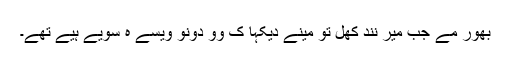
بھور مے جب میرِ نِند کھُلِ تو مینے دیکّہا کِ وو دونو ویسے ہِ سویے ہُیے تھے۔